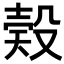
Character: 𣪨